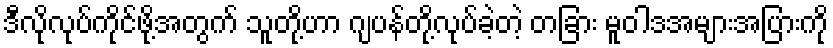
ဒီလိုလုပ်ကိုင်ဖို့အတွက် သူတို့ဟာ ဂျပန်တို့လုပ်ခဲ့တဲ့ တခြား မူဝါဒအများအပြားကို